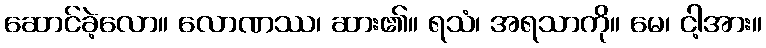
ဆောင်ခဲ့လော။ လောဏဿ၊ ဆား၏။ ရသံ၊ အရသာကို။ မေ၊ ငါ့အား။